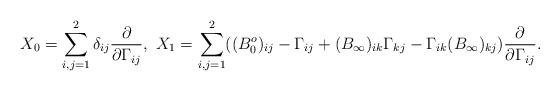
LaTeX: \begin{align*}X_{0} = \sum_{i,j=1}^{2} \delta_{ij} \frac{\partial}{\partial \Gamma_{ij}},\ X_{1} = \sum_{i,j=1}^{2} ( (B_{0}^{o})_{ij} - \Gamma_{ij} + (B_{\infty})_{ik} \Gamma_{kj} - \Gamma_{ik} (B_{\infty})_{kj})\frac{\partial}{\partial \Gamma_{ij}}.\end{align*}